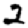
Digit: 2